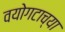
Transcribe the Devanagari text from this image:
वयोगटाच्या